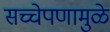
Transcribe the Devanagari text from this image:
सच्चेपणामुळे